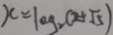
x = \log _ { 2 } ( 2 + \sqrt { 5 } )